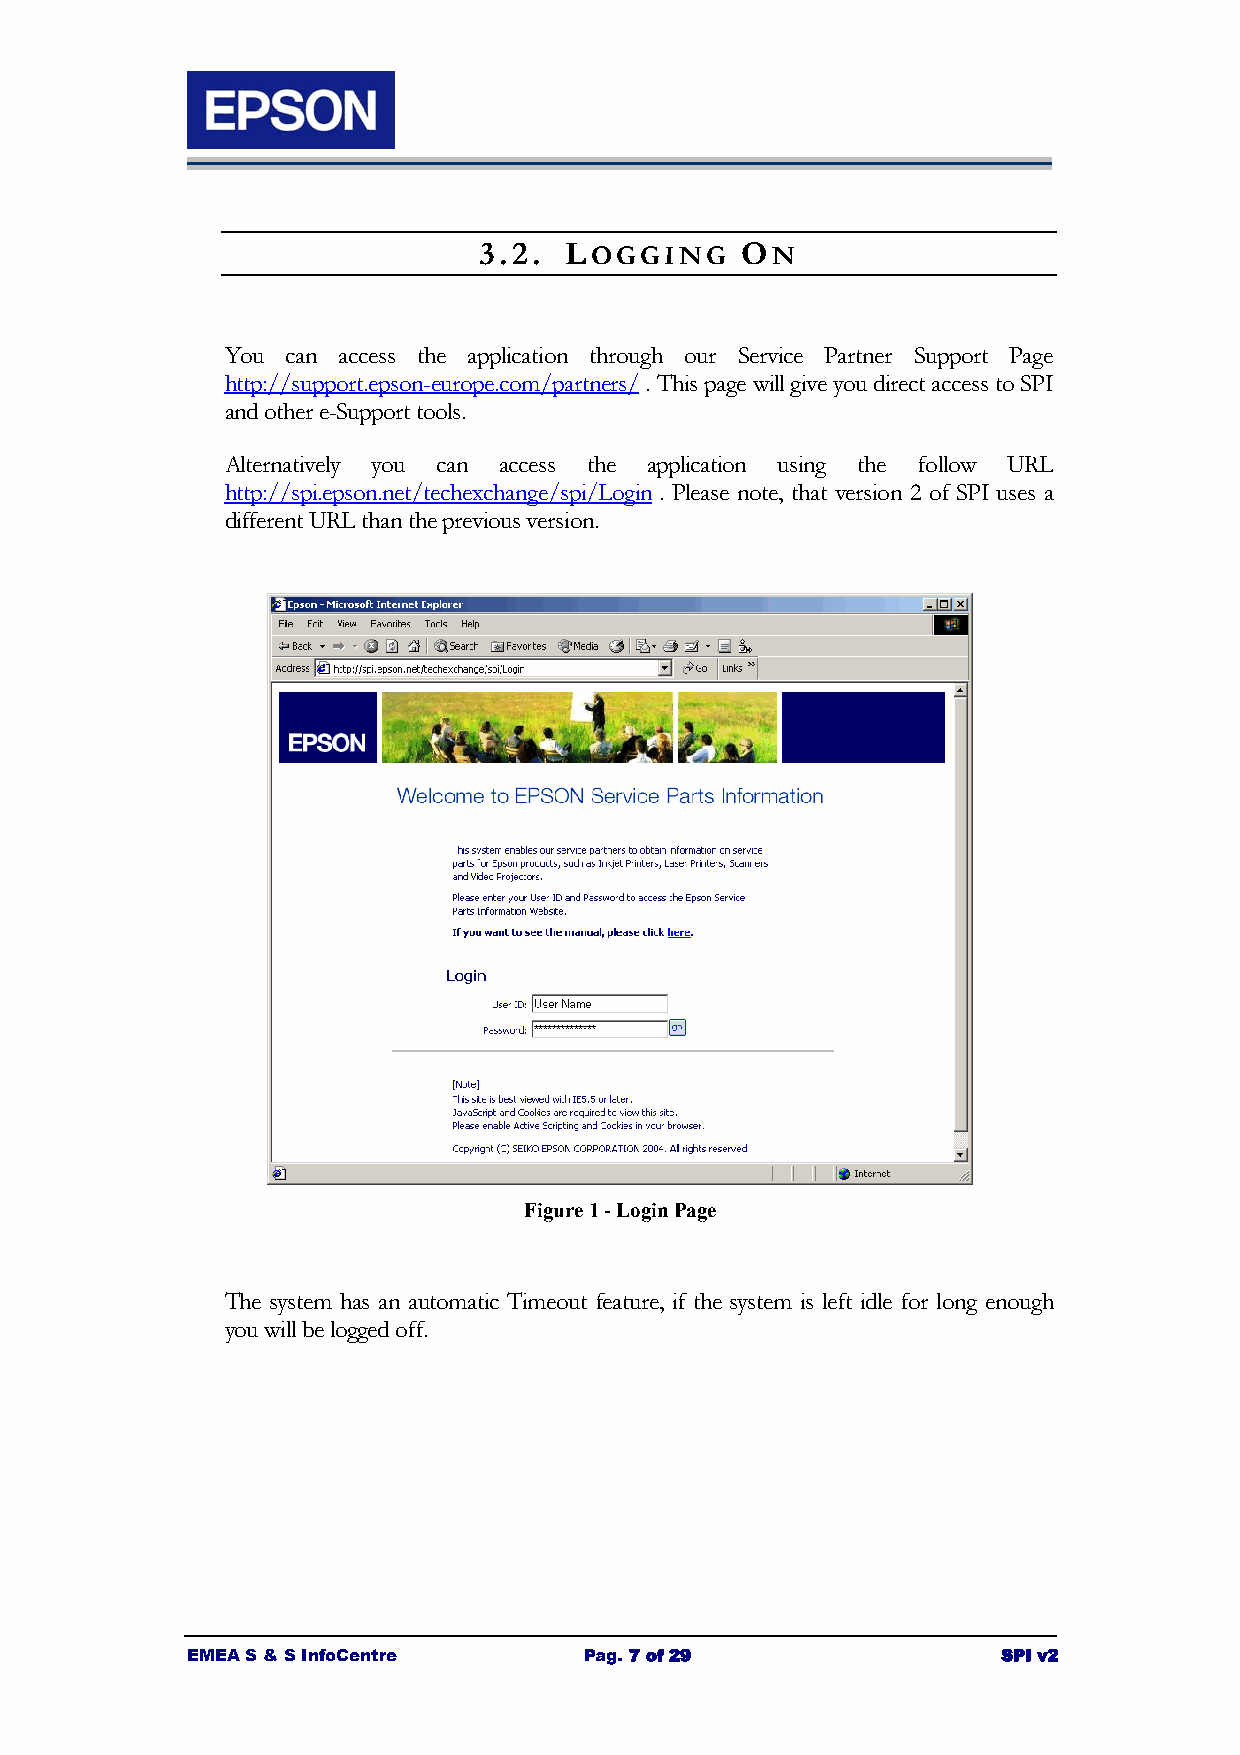
3.2. LOGGING     ON
 You can access the application through our Service Partner Support Page
 http://support.epson-europe.com/partners/ . This page will give you direct access to SPI
 and other e-Support tools.
 Alternatively you can access the application using the follow URL
 http://spi.epson.net/techexchange/spi/Login . Please note, that version 2 of SPI uses a
 different URL than the previous version.
 Figure 1 - Login Page
 The system has an automatic Timeout feature, if the system is left idle for long enough
 you will be logged off.
 EMEA S & S InfoCentre      Pag. 7 of 29               SPI v2